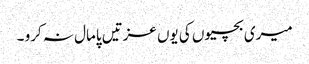
میری بچیوں کی یوں عزتیں پامال نہ کرو ۔